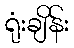
ရုံးချိန်း